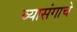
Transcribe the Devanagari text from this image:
व्यासंगाचे